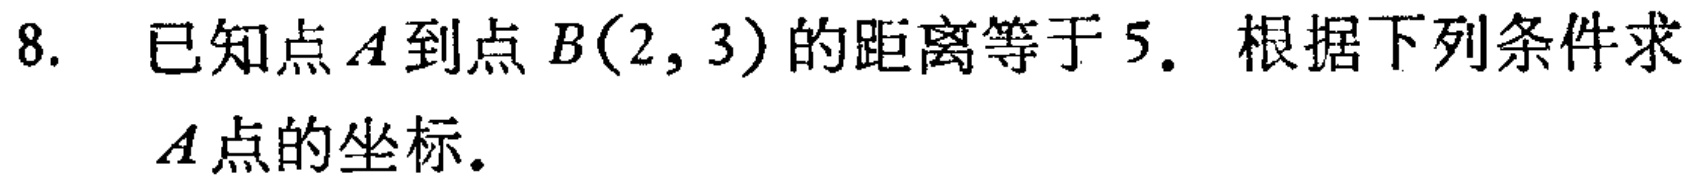
8. 已知点\(A\)到点\(B(2,3)\)的距离等于\(5\). 根据下列条件求\(A\)点的坐标.